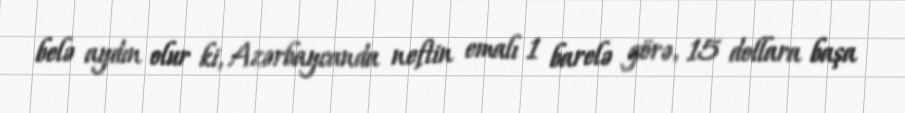
belə aydın olur ki, Azərbaycanda neftin emalı 1 barelə görə, 15 dollara başa